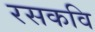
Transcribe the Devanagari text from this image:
रसकवि